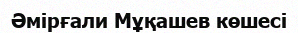
Әмірғали Мұқашев көшесі